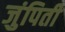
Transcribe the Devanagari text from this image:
जुंपिती